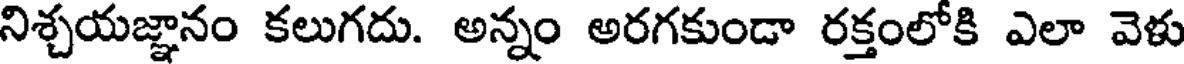
నిశ్చయజ్ఞానం కలుగదు. అన్నం అరగకుండా రక్తంలోకి ఎలా వెళు